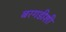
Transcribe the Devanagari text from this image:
बरगडीशी